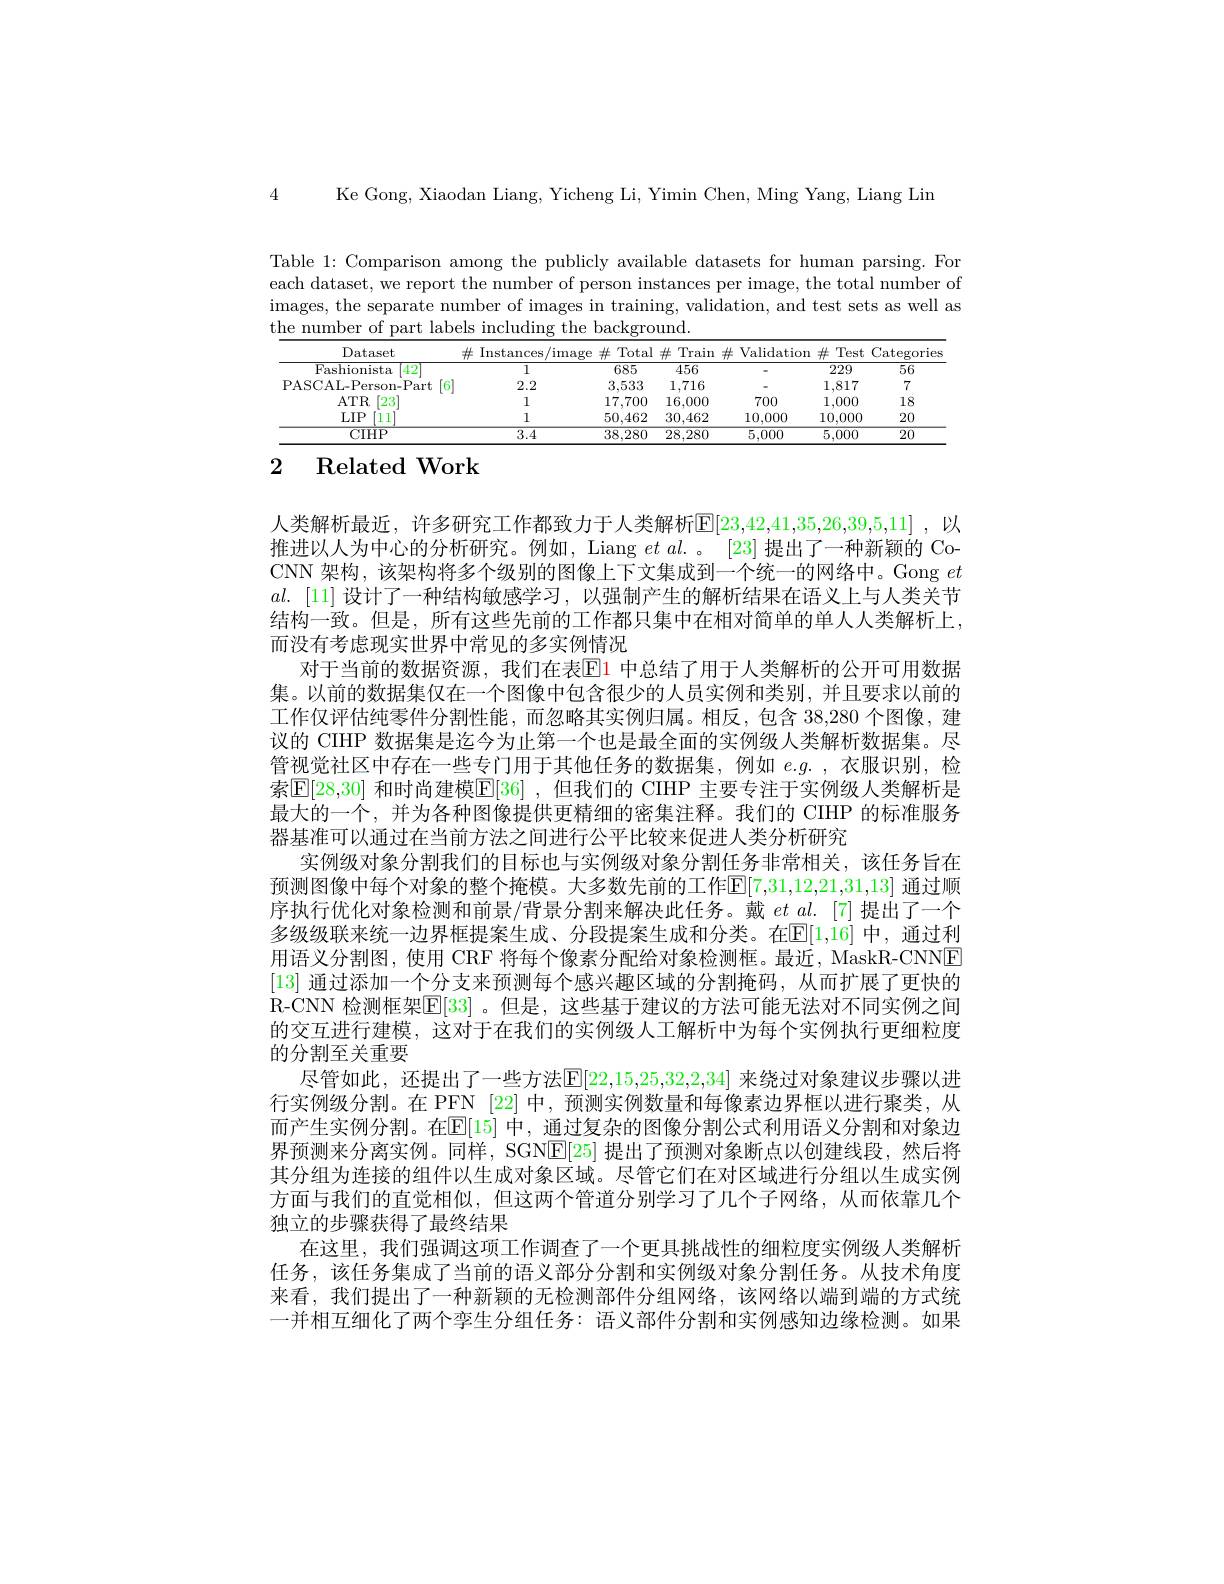
4 Ke Gong, Xiaodan Liang, Yicheng Li, Yimin Chen, Ming Yang, Liang Lin

Table 1: Comparison among the publicly available datasets for human parsing. For each dataset, we report the number of person instances per image, the total number of images, the separate number of images in training, validation, and test sets as well as the number of part labels including the background.

<table>
	<tbody>
		<tr>
			<th>Dataset</th>
			<th>Instances ${\mathrm{s/image}}$</th>
			<th>井 Total</th>
			<th>Train 社</th>
			<th>Validation</th>
			<th>Test $\pm$</th>
			<th>Categories</th>
		</tr>
		<tr>
			<td>Fashionista 42</td>
			<td>1</td>
			<td>685</td>
			<td>456</td>
			<td> </td>
			<td>229</td>
			<td>$\overline{56}$</td>
		</tr>
		<tr>
			<td>PASCAL-Person-Part 6</td>
			<td>2.2</td>
			<td>3,533</td>
			<td>1,716</td>
			<td> </td>
			<td>1,817</td>
			<td>7</td>
		</tr>
		<tr>
			<td>$ATR$ [23]</td>
			<td>1</td>
			<td>17,700</td>
			<td>16,000</td>
			<td>700</td>
			<td>1,000</td>
			<td>18</td>
		</tr>
		<tr>
			<td>$LIP$ [111]</td>
			<td>1</td>
			<td>50,462</td>
			<td>30,462</td>
			<td>10,000</td>
			<td>10,000</td>
			<td>20</td>
		</tr>
		<tr>
			<td>$\overline{\mathrm{CIHP}}$</td>
			<td>$\overline{3.4}$</td>
			<td>38,280</td>
			<td>28,280</td>
			<td>5,000</td>
			<td>5,000</td>
			<td>20</td>
		</tr>
	</tbody>
</table>

# 2 Related Work

人类解析最近，许多研究工作都致力于人类解析$\mathbb{E}[23,42,41,35,26,39,5,11]$ ,以推进以人为中心的分析研究。例如，Liang $et\textit{al. 。}$ [23]提出了一种新颖的 CoCNN 架构，该架构将多个级别的图像上下文集成到一个统一的网络中。Gong $et$ $al.$ [11]设计了一种结构敏感学习，以强制产生的解析结果在语义上与人类关节结构一致。但是，所有这些先前的工作都只集中在相对简单的单人人类解析上， 而没有考虑现实世界中常见的多实例情况
对于当前的数据资源，我们在表$\boxed{\mathrm{E}}1$ 中总结了用于人类解析的公开可用数据集。以前的数据集仅在一个图像中包含很少的人员实例和类别，并且要求以前的工作仅评估纯零件分割性能，而忽略其实例归属。相反，包含 38,280 个图像，建议的 CIHP 数据集是迄今为止第一个也是最全面的实例级人类解析数据集。尽管视觉社区中存在一些专门用于其他任务的数据集，例如$e.g.$,衣服识别，检索$\boxed{\mathrm{E}}[28,30]$ 和时尚建模$\boxed{\mathrm{E}}[36]$ ,但我们的 CIHP 主要专注于实例级人类解析是最大的一个，并为各种图像提供更精细的密集注释。我们的 CIHP 的标准服务器基准可以通过在当前方法之间进行公平比较来促进人类分析研究
实例级对象分割我们的目标也与实例级对象分割任务非常相关，该任务旨在预测图像中每个对象的整个掩模。大多数先前的工作E[7,31,12,21,31,13] 通过顺序执行优化对象检测和前景/背景分割来解决此任务。戴$et$ al.[7]提出了一个多级级联来统一边界框提案生成、分段提案生成和分类。在E[1,16] 中，通过利用语义分割图，使用 CRF 将每个像素分配给对象检测框。最近，MaskR-CNNE [13]通过添加一个分支来预测每个感兴趣区域的分割掩码，从而扩展了更快的R-CNN 检测框架[E[33] 。但是，这些基于建议的方法可能无法对不同实例之间的交互进行建模，这对于在我们的实例级人工解析中为每个实例执行更细粒度的分割至关重要
尽管如此，还提出了一些方法$\mathbb{E}[22,15,25,32,2,34]$ 来绕过对象建议步骤以进行实例级分割。在 PFN [22] 中，预测实例数量和每像素边界框以进行聚类，从而产生实例分割。在$\mathbb{E}[15]$ 中，通过复杂的图像分割公式利用语义分割和对象边界预测来分离实例。同样，SGNE[25] 提出了预测对象断点以创建线段，然后将其分组为连接的组件以生成对象区域。尽管它们在对区域进行分组以生成实例方面与我们的直觉相似，但这两个管道分别学习了几个子网络，从而依靠几个独立的步骤获得了最终结果
在这里，我们强调这项工作调查了一个更具挑战性的细粒度实例级人类解析任务，该任务集成了当前的语义部分分割和实例级对象分割任务。从技术角度来看，我们提出了一种新颖的无检测部件分组网络，该网络以端到端的方式统一并相互细化了两个孪生分组任务：语义部件分割和实例感知边缘检测。如果